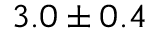
3 . 0 \pm 0 . 4